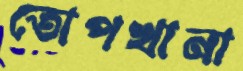
তোপখানা